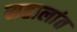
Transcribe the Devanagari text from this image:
महालांत